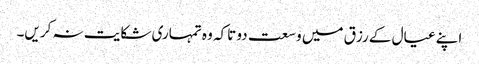
اپنے عیال کے رزق میں وسعت دو تاکہ وہ تمہاری شکایت نہ کریں۔